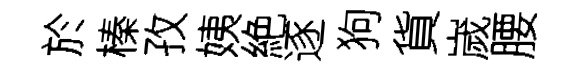
於榛孜姨絶逐狗貨嵗腰